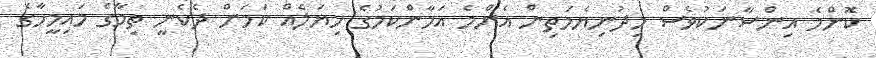
ކޮންމެ އިންސާނަކުވެސް މިދުނިޔެމަތިން އެންމެ އަމާންކަމުގެ ހިޔަލެއް ކަމަށް ދެކެނީ ތިމާގެ މައިމީހާގެ